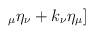
LaTeX: \begin{align*}_{\mu }\eta _{\nu }+k_{\nu }\eta _{\mu }]\end{align*}